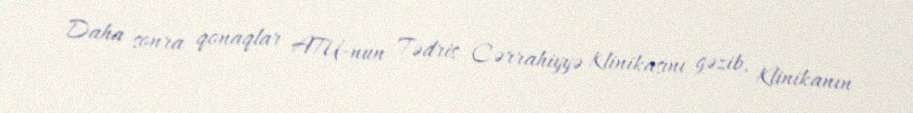
Daha sonra qonaqlar ATU-nun Tədris Cərrahiyyə Klinikasını gəzib, Klinikanın